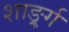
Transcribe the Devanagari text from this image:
शार्ङ्र्ग